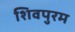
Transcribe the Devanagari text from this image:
शिवपुरम